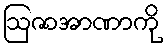
ဩဇာအာဏာကို